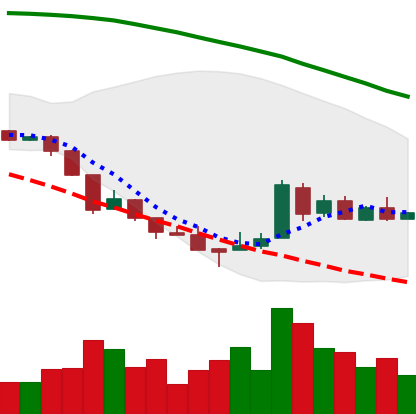
Ticker: XRP-USD
Chart end date: 2018-08-23
Forward return: 7.363%
Label: up_7plus